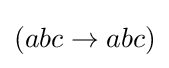
(abc\to abc)